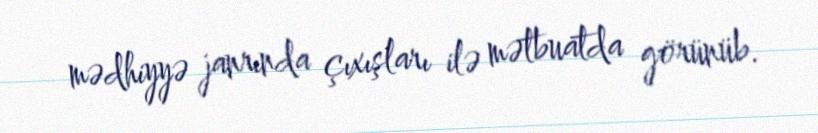
mədhiyyə janrında çıxışları ilə mətbuatda görünüb.